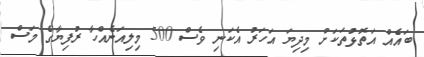
ބައެއް އަތޮޅުތަކަށް މިދިޔަ އަހަރު އެކަނި ވެސް 500 މިލިއަނެއްހާ ރުފިޔާގެ މަސް